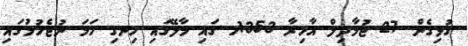
ގުޅިގެން 27 ޖުމާދިލް އާޚިރާ 1353ހ ގައި މާލޭގައި ހިނގި ހަމަ ނުޖެހުމުގައި